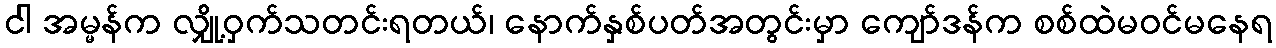
ငါ အမ္မန်က လျှို့ဝှက်သတင်းရတယ်၊ နောက်နှစ်ပတ်အတွင်းမှာ ကျော်ဒန်က စစ်ထဲမဝင်မနေရ